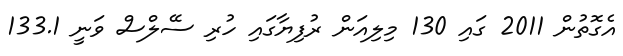
އެގޮތުން 2011 ގައި 130 މިލިއަން ރުފިޔާގައި ހުރި ސޭލްސް ވަނީ 133.1